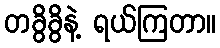
တခွိခွိနဲ့ ရယ်ကြတာ။